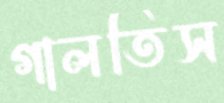
গালতিস